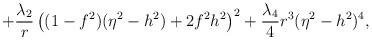
LaTeX: \begin{align*}+\frac{\lambda_2}{r} \left( (1-f^2)(\eta^2 -h^2)+2f^2 h^2 \right)^2 +\frac{\lambda_4}{4} r^3 (\eta^2 -h^2)^4,\end{align*}